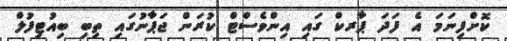
ކޮށްފިނަމަ އެ ފަދަ ޕާރކް ގައި އިންވެސްޓް ކުރަން ޖަޕާނުގައި ތިބި ބިއުޓިފުލް